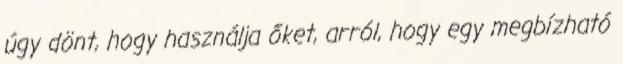
úgy dönt, hogy használja őket, arról, hogy egy megbízható